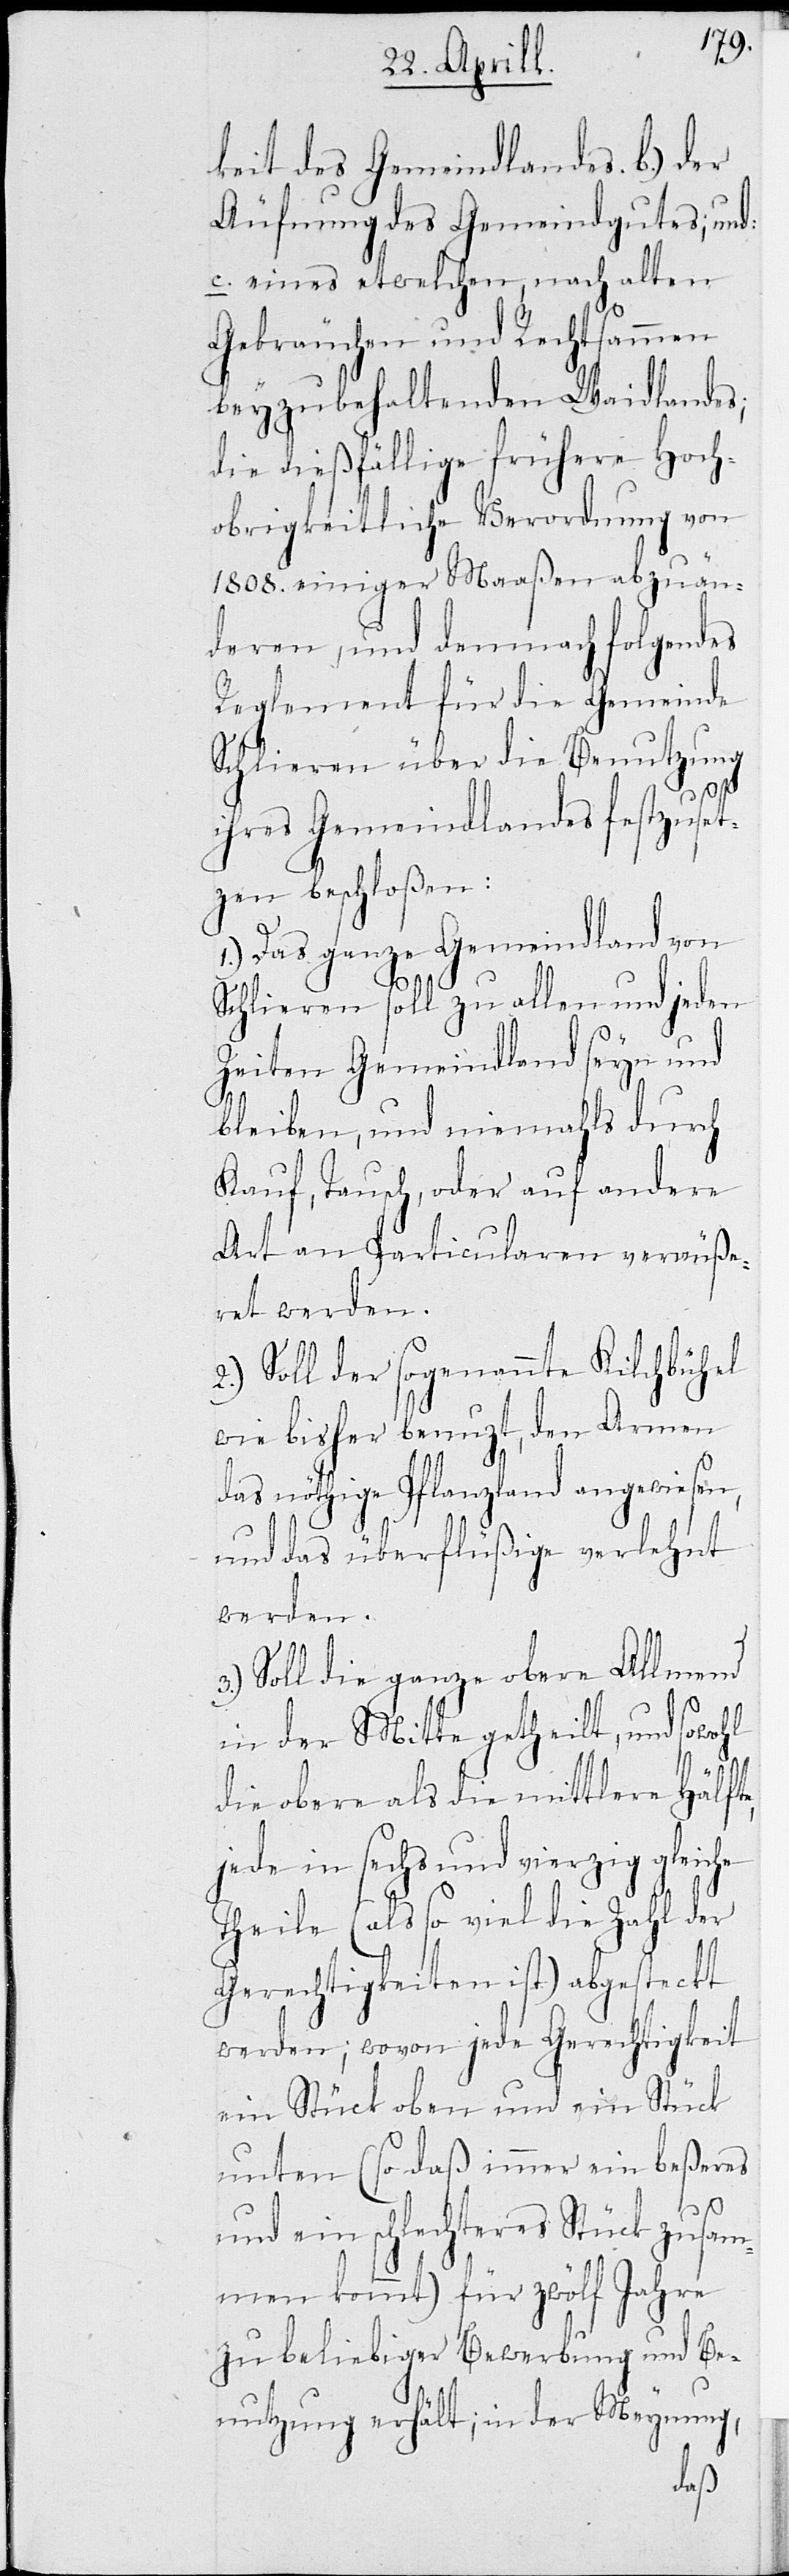
keit des Gemeindlandes, b. der
Äufnung des Gemeindgutes; und
c. eines etwelchen, nach alten
Gebräuchen und Rechtsammen
beyzubehaltenden Waidlandes;
die dießfällige frühere Hoch¬
obrigkeitliche Verordnung von
1808 einiger Maaßen abzuän¬
deren, und demnach folgendes
Reglement für die Gemeinde
Schlieren über die Benutzung
ihres Gemeindlandes festzuset¬
zen beschloßen:
1.) Das ganze Gemeindland von
Schlieren soll zu allen und jeden
Zeiten Gemeindland seyn und
bleiben, und niemahls durch
Kauf, Tausch, oder auf andere
Art an Particularen veräuße¬
ret werden.
2.) Soll der sogenannte Kilchbühel
wie bisher benuzt, den Armen
das nöthige Pflanzland angewiesen,
und das überflüßige verlehnt
werden.
Soll die ganze obere Allmend
in der Mitte getheilt, und sowohl
die obere als die mittlere Hälfte,
jede in sechs und vierzig gleiche
Theile (als so viel die Zahl der
Gerechtigkeiten ist) abgesteckt
werden; wovon jede Gerechtigkeit
ein Stück oben und ein Stück
unten (so daß immer ein beßeres
und ein schlechteres Stück zusam¬
men kommt) für zwölf Jahre
zu beliebiger Bewerbung und Be¬
nutzung erhält; in der Meynung,